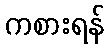
ကစားရန်